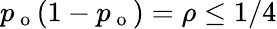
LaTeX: p_{\mathrm{~o~}}(1-p_{\mathrm{~o~}})=\rho\leq 1/4